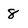
Character: 8